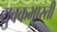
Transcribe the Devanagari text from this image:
युवकभारती